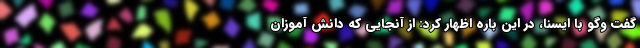
گفت وگو با ایسنا، در این باره اظهار کرد: از آنجایی که دانش آموزان